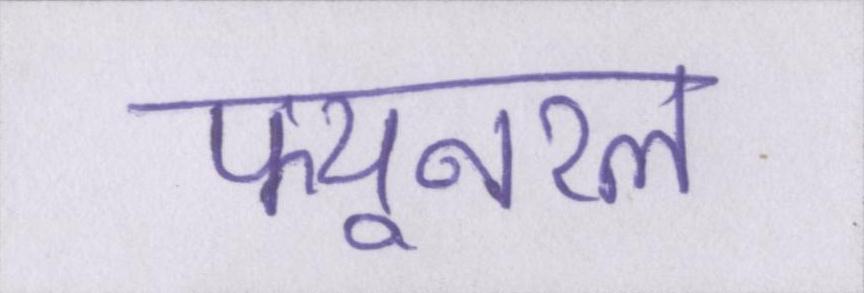
फ्यूनरल